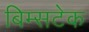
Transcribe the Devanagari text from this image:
बिम्सटेक